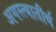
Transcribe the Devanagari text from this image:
अगस्त्यातीर्थ